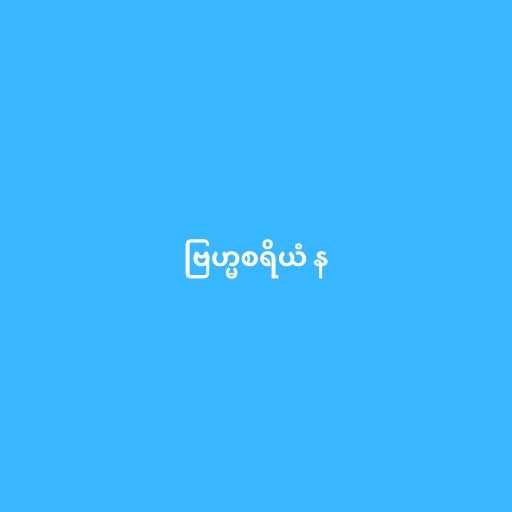
ဗြဟ္မစရိယံ န